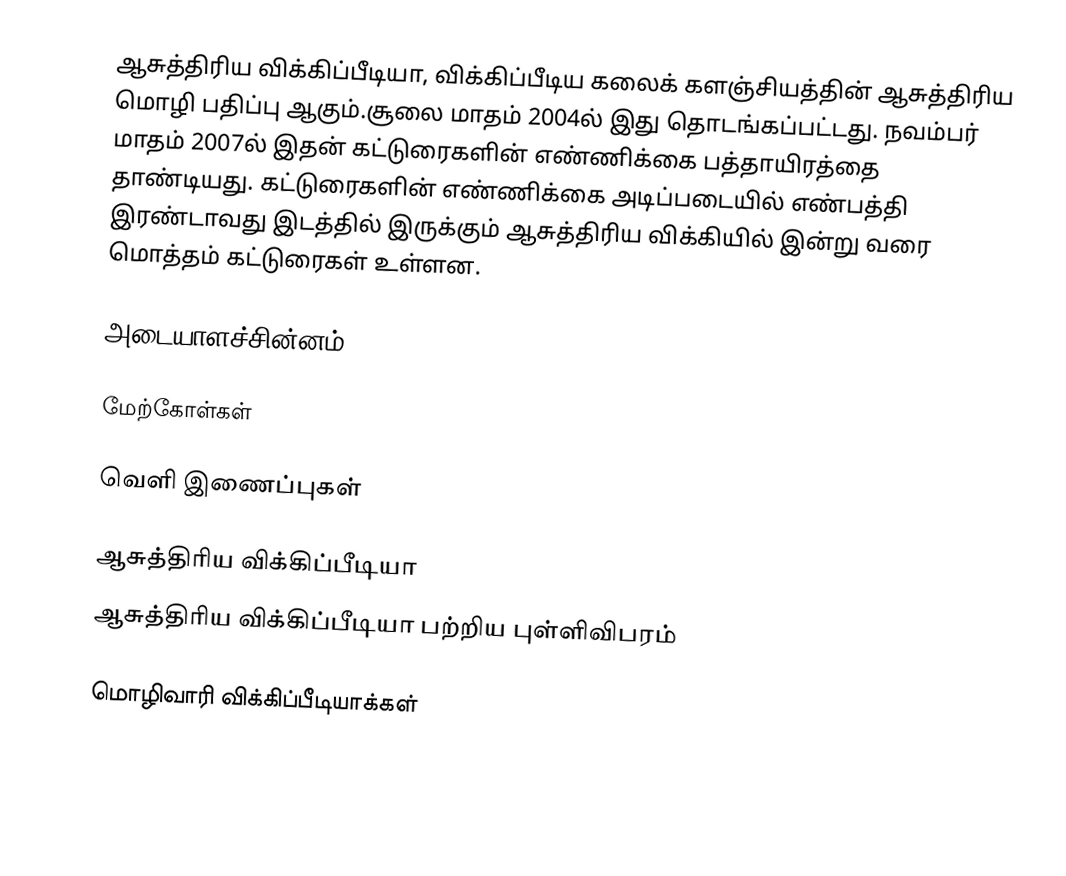
ஆசுத்திரிய விக்கிப்பீடியா, விக்கிப்பீடிய கலைக் களஞ்சியத்தின் ஆசுத்திரிய மொழி பதிப்பு ஆகும்.சூலை மாதம் 2004ல் இது தொடங்கப்பட்டது. நவம்பர் மாதம் 2007ல் இதன் கட்டுரைகளின் எண்ணிக்கை பத்தாயிரத்தை தாண்டியது. கட்டுரைகளின் எண்ணிக்கை அடிப்படையில் எண்பத்தி இரண்டாவது இடத்தில் இருக்கும் ஆசுத்திரிய விக்கியில் இன்று வரை மொத்தம் கட்டுரைகள் உள்ளன.

அடையாளச்சின்னம்

மேற்கோள்கள்

வெளி இணைப்புகள்

 ஆசுத்திரிய விக்கிப்பீடியா
 ஆசுத்திரிய விக்கிப்பீடியா பற்றிய புள்ளிவிபரம்

மொழிவாரி விக்கிப்பீடியாக்கள்